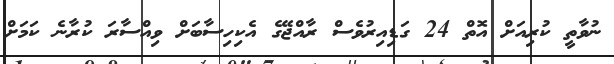
ނުވާތީ ކުރިއަށް އޮތް 24 ގަޑިއިރުވެސް ރާއްޖޭގެ އެކިހިސާބަށް ވިއްސާރަ ކުރާނެ ކަމަށް